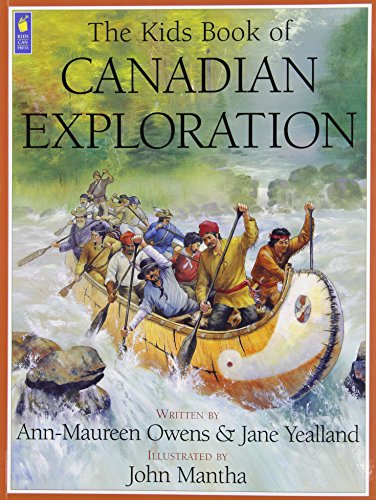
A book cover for Kids Book of Canadian Exploration; Ann Maureen Owens; Children's Books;